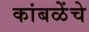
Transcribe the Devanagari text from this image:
कांबळेेंचे